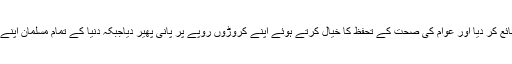
اطلاع ملتے ہی امریکہ میں دودھ بیچنے والی تمام کمپنیوں نے اپنا خرید کردہ لاکھوں لیٹر تمام دودھ ضائع کر دیا اور عوام کی صحت کے تحفظ کا خیال کرتے ہوئے اپنے کروڑوں روپے پر پانی پھیر دیاجبکہ دنیا کے تمام مسلمان اپنے دین کے تحفظ کے لئے خنزیر کی چربی سے بنی اشیاءکی خرید و فروخت سے پرہیز نہیں کر سکتے!